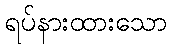
ရပ်နားထားသော